Vaccination in Burma 1920-1933 - 1920-1933
Year: 1920
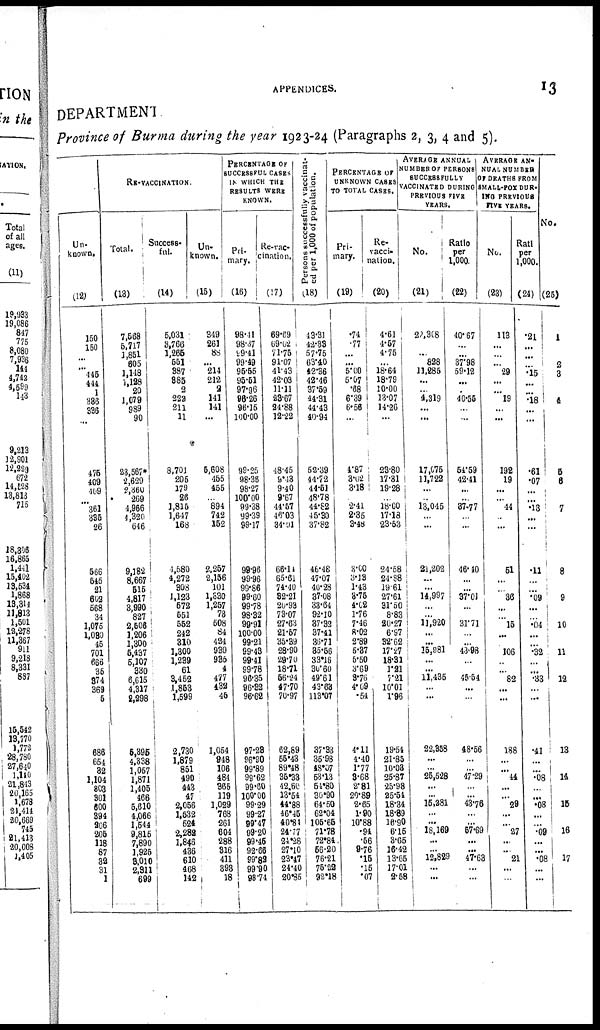
APPENDICES.
13
DEPARTMENT
Province of Burma during the year 1923-24 (Paragraphs 2, 3, 4 and 5).
Un¬
known.
(12)
150
150
...
...
446
444
1
386
336
...
475
409
109
...
361
335
26
566
545
21
662
568
34
1,075
1,080
45
701
666
35
874
369
5
686
654
32
1,104
803
301
600
894
206
205
118
87
32
31
1
RE-VACCINATION.
Total.
(13)
7,568
5,717
1,851
605
1,148
1,128
20
1,079
989
90
23,567*
2,629
2,360
269
4,966
4,320
646
9,182
8,667
515
4,817
3,990
827
2,506
1,206
1,300
5,437
5,107
330
6,616
4,317
2,298
5,895
4,838
1,057
1,871
1,405
466
5,610
4,066
1,544
9,815
7,890
1,925
8,010
2,911
699
Success-
ful.
(14)
5,031
3,766
1,266
551
887
885
2
223
211
11
8,701
205
179
26
1,815
1,647
168
1,580
4,272
808
1,123
572
551
552
242
310
1,300
1,289
61
3,452
1,853
1,599
2,730
1,879
851
490
443
47
2,056
1,532
524
2,282
1,846
436
610
468
142
Un¬
known.
(15)
349
261
88
... 214
212
2
141
141
...
5,608
455
455
...
894
742
152
2,257
2,156
101
1,330
1,257
73
508
84
484
939
935
4
477
132
45
1,054
948
106
484
365
119
1,029
768
261
604
288
316
411
398
18
PERCENTAGE OF
SUCCESSFUL CASES
IN WHICH THE
RESULTS WERE
KNOWN.
Pri¬
mary.
(16)
98.41
98.37
99.41
99.49
96.55
95.51
97.96
96.26
96.15
100.00
99.25
98.36
98.27
100.00
99.38
99.39
99.17
99.96
99.96
99.86
99.60
99.78
98.32
99.91
100.00
99.21
99.48
99.41
99.78
96.35
96.32
96.62
97.28
96.90
99.89
99.62
99.60
100.00
99.29
99.27
99.47
99.20
99.45
92.66
99.82
99.90
98.74
Re-vac¬
cination.
(17)
69.69
69.02
71.76
91.07
41.43
42.03
11.11
23.67
24.88
12.22
48.45
9.43
9.40
9.67
44.57
46.03
34.91
66.14
65.61
74.40
82.21
20.98
73.07
27.63
21.57
35.39
28.90
29.70
18.71
56.24
47.70
70.97
62.89
55.43
89.48
36.33
42.60
13.54
44.88
46.45
40.84
24.77
24.28
27.10
23.47
24.40
20.85
Persons successfully vaccinat¬
ed per 1,000 of population.
(18)
43.31
42.33
57.75
63.10
42.36
42.46
37.59
44.31
44.43
40.94
52.39
44.72
44.51
48.78
44.82
45.30
37.82
46.48
47.07
40.28
37.08
33.64
92.10
37.32
37.41
36.71
35.56
33.16
30.60
49.61
43.68
113.07
37.83
35.98
48.07
53.13
54.80
30.90
64.50
62.04
105.65
71.78
72.84
56.20
76.21
76.32
93.18
PERCENTAGE OF
UNKNOWN CASES
TO TOTAL CASES.
Pri-
mary.
(19)
.74
.77
...
...
5.00
5.07
.68
6.39
6.56
...
4.87
3.02
3.18
...
2.41
2.35
3.48
3.60
3.18
1.43
3.75
4.02
1.76
7.46
8.02
2.89
5.37
5.50
3.69
8.76
4.09
.54
4.11
4.40
1.77
8.68
2.81
20.89
2.65
1.90
10.88
.94
.56
9.76
.15
.15
.07
Re¬
vacci-
nation.
(20)
4.61
4.57
4.75
...
18.64
18.79
10.00
13.07
14.26
...
23.80
17.31
19.28
...
18.60
17.18
23.53
24.58
24.88
19.61
27.61
81.50
8.83
20.27
6.97
32.62
17.27
18.31
1.21
7.21
10.01
1.96
19.54
21.85
10.03
25.87
25.98
25.54
18.34
18.89
16.90
6.15
3.65
16.42
13.65
17.01
2.58
AVERAGE ANNUAL
NUMBER OF PERSONS
SUCCESSFULLY
VACCINATED DURING
PREVIOUS FIVE
YEARS.
No.
(21)
22,308
...
828
11,285
...
...
4,319
...
...
17,675
11,722
...
...
13,045
...
...
21,202
...
...
14,997
...
...
11,920
...
...
15,981
...
...
11,435
...
...
22,358
...
...
26,528
...
...
15,281
...
...
18,169
...
...
12,829
...
...
Ratio
per
1,000.
(22)
40.67
...
37.98
59.12
...
...
40.55
...
...
54.59
42.41
...
...
37.77
...
...
46.40
...
...
37.01
...
...
31.71
...
...
43.98
...
...
45.64
...
...
48.56
...
...
47.29
...
...
43.76
...
...
57.69
...
...
47.63
...
...
AVERAGE AN¬
NUAL NUMBER
OF DEATHS FROM
SMALL-POX DUR¬
ING PREVIOUS
FIVE YEARS.
No.
(23)
113
...
...
29
...
...
19
...
...
192
19
...
...
44
...
...
51
...
...
36
...
...
15
...
...
106
...
...
82
...
...
188
...
...
44
...
...
29
...
...
27
...
...
21
...
...
Ratio
per
1,000.
(24)
.21
...
...
.15
.15
...
.18 18
...
.61
.61
.07
...
.13
...
...
.11
.11
...
.09
.09
...
.04
...
...
.32
...
...
.33
...
...
.41
...
...
.08
...
...
.08
...
...
.09
...
...
.08
...
...
No.
(25)
1
1
2
8
4
4
...
5
5
6
...
7 ...
...
...
8
...
9
9
...
10 10
...
11
...
...
12
...
...
13
...
...
14
...
...
15
...
...
16
...
...
17
...
...